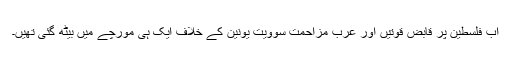
اب فلسطین پر قابض قوتیں اور عرب مزاحمت سوویت یونین کے خلاف ایک ہی مورچے میں بیٹھ گئی تھیں۔